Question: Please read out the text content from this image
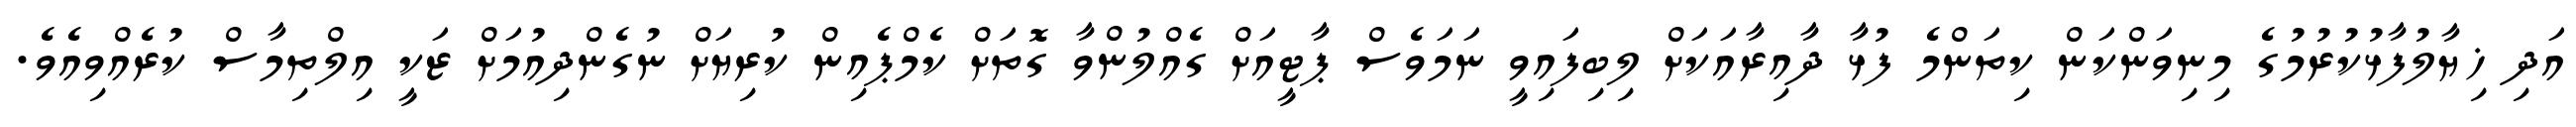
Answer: އަދި ޚިޔާލުފާޅުކުރުމުގެ މިނިވަންކަން ކިތަންމެ ފުޅާ ދާއިރާއަކަށް ލިބިފައިވީ ނަމަވެސް ޕާޓީއަށް ގެއްލުންވާ ގޮތަށް ކެމްޕެއިން ކުރިޔަށް ނުގެންދިއުމަށް ޒަކީ އިލްތިމާސް ކުރެއްވިއެވެ.